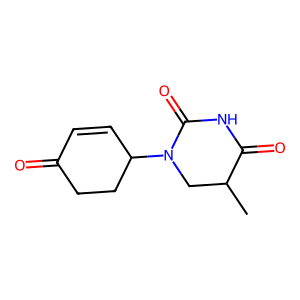
SMILES: CC1CN(C2C=CC(=O)CC2)C(=O)NC1=O
Inhibits HIV replication: No